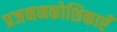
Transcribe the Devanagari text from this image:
प्रजननकोशिकाएँ